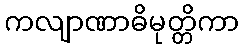
ကလျာဏာဓိမုတ္တိကာ